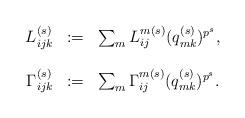
LaTeX: \begin{align*}\begin{array}{rcl}L_{ijk}^{(s)} & := & \sum_m L_{ij}^{m(s)}(q_{mk}^{(s)})^{p^s},\\\ & \ & \ \\\Gamma_{ijk}^{(s)} & := & \sum_m \Gamma_{ij}^{m(s)} (q_{mk}^{(s)})^{p^s}.\end{array}\end{align*}